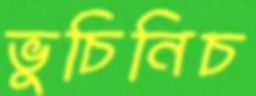
ভুচিনিচ